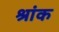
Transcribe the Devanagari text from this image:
श्रांक